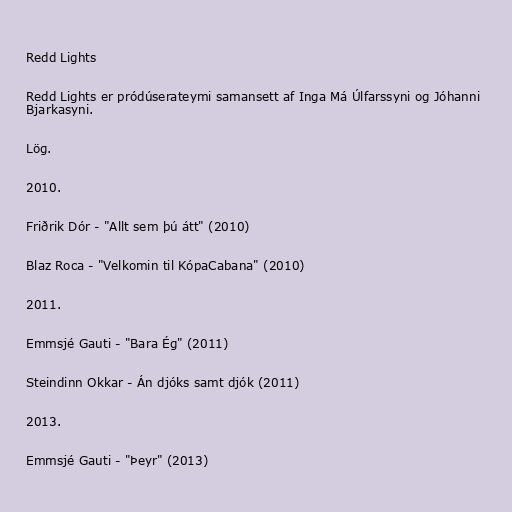
Redd Lights

Redd Lights er pródúserateymi samansett af Inga Má Úlfarssyni og Jóhanni
Bjarkasyni.

Lög.

2010.

Friðrik Dór - "Allt sem þú átt" (2010)

Blaz Roca - "Velkomin til KópaCabana" (2010)

2011.

Emmsjé Gauti - "Bara Ég" (2011)

Steindinn Okkar - Án djóks samt djók (2011)

2013.

Emmsjé Gauti - "Þeyr" (2013)